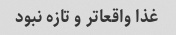
غذا واقعا‌تر و تازه نبود